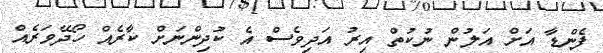
ފެންޑާ އަށް އަލުން ނުކުތް އިރު އަދިވެސް އެ ކުދިންނަށް ކާރެއް ހޯދޭވަރެއް